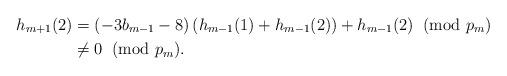
LaTeX: \begin{align*}h_{m+1}(2) & = \left(-3b_{m-1} - 8\right)\left(h_{m-1}(1) + h_{m-1}(2)\right) + h_{m-1}(2) \; \; (\textrm{mod }p_m) \\& \neq 0 \; \; (\textrm{mod }p_m).\end{align*}